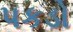
પકડો